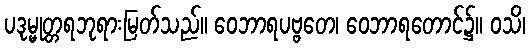
ပဒုမ္မုတ္တရဘုရားမြတ်သည်။ ဝေဘာရပဗ္ဗတေ၊ ဝေဘာရတောင်၌။ ဝသိ၊